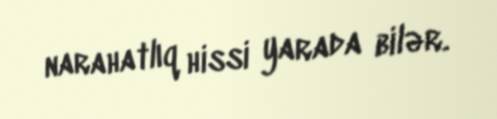
narahatlıq hissi yarada bilər.